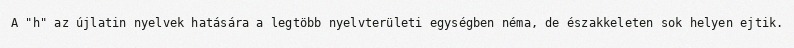
A "h" az újlatin nyelvek hatására a legtöbb nyelvterületi egységben néma, de északkeleten sok helyen ejtik.